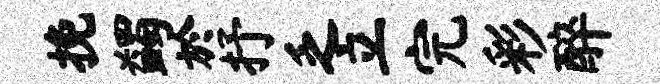
挽蠲於抒乏立完彩醉